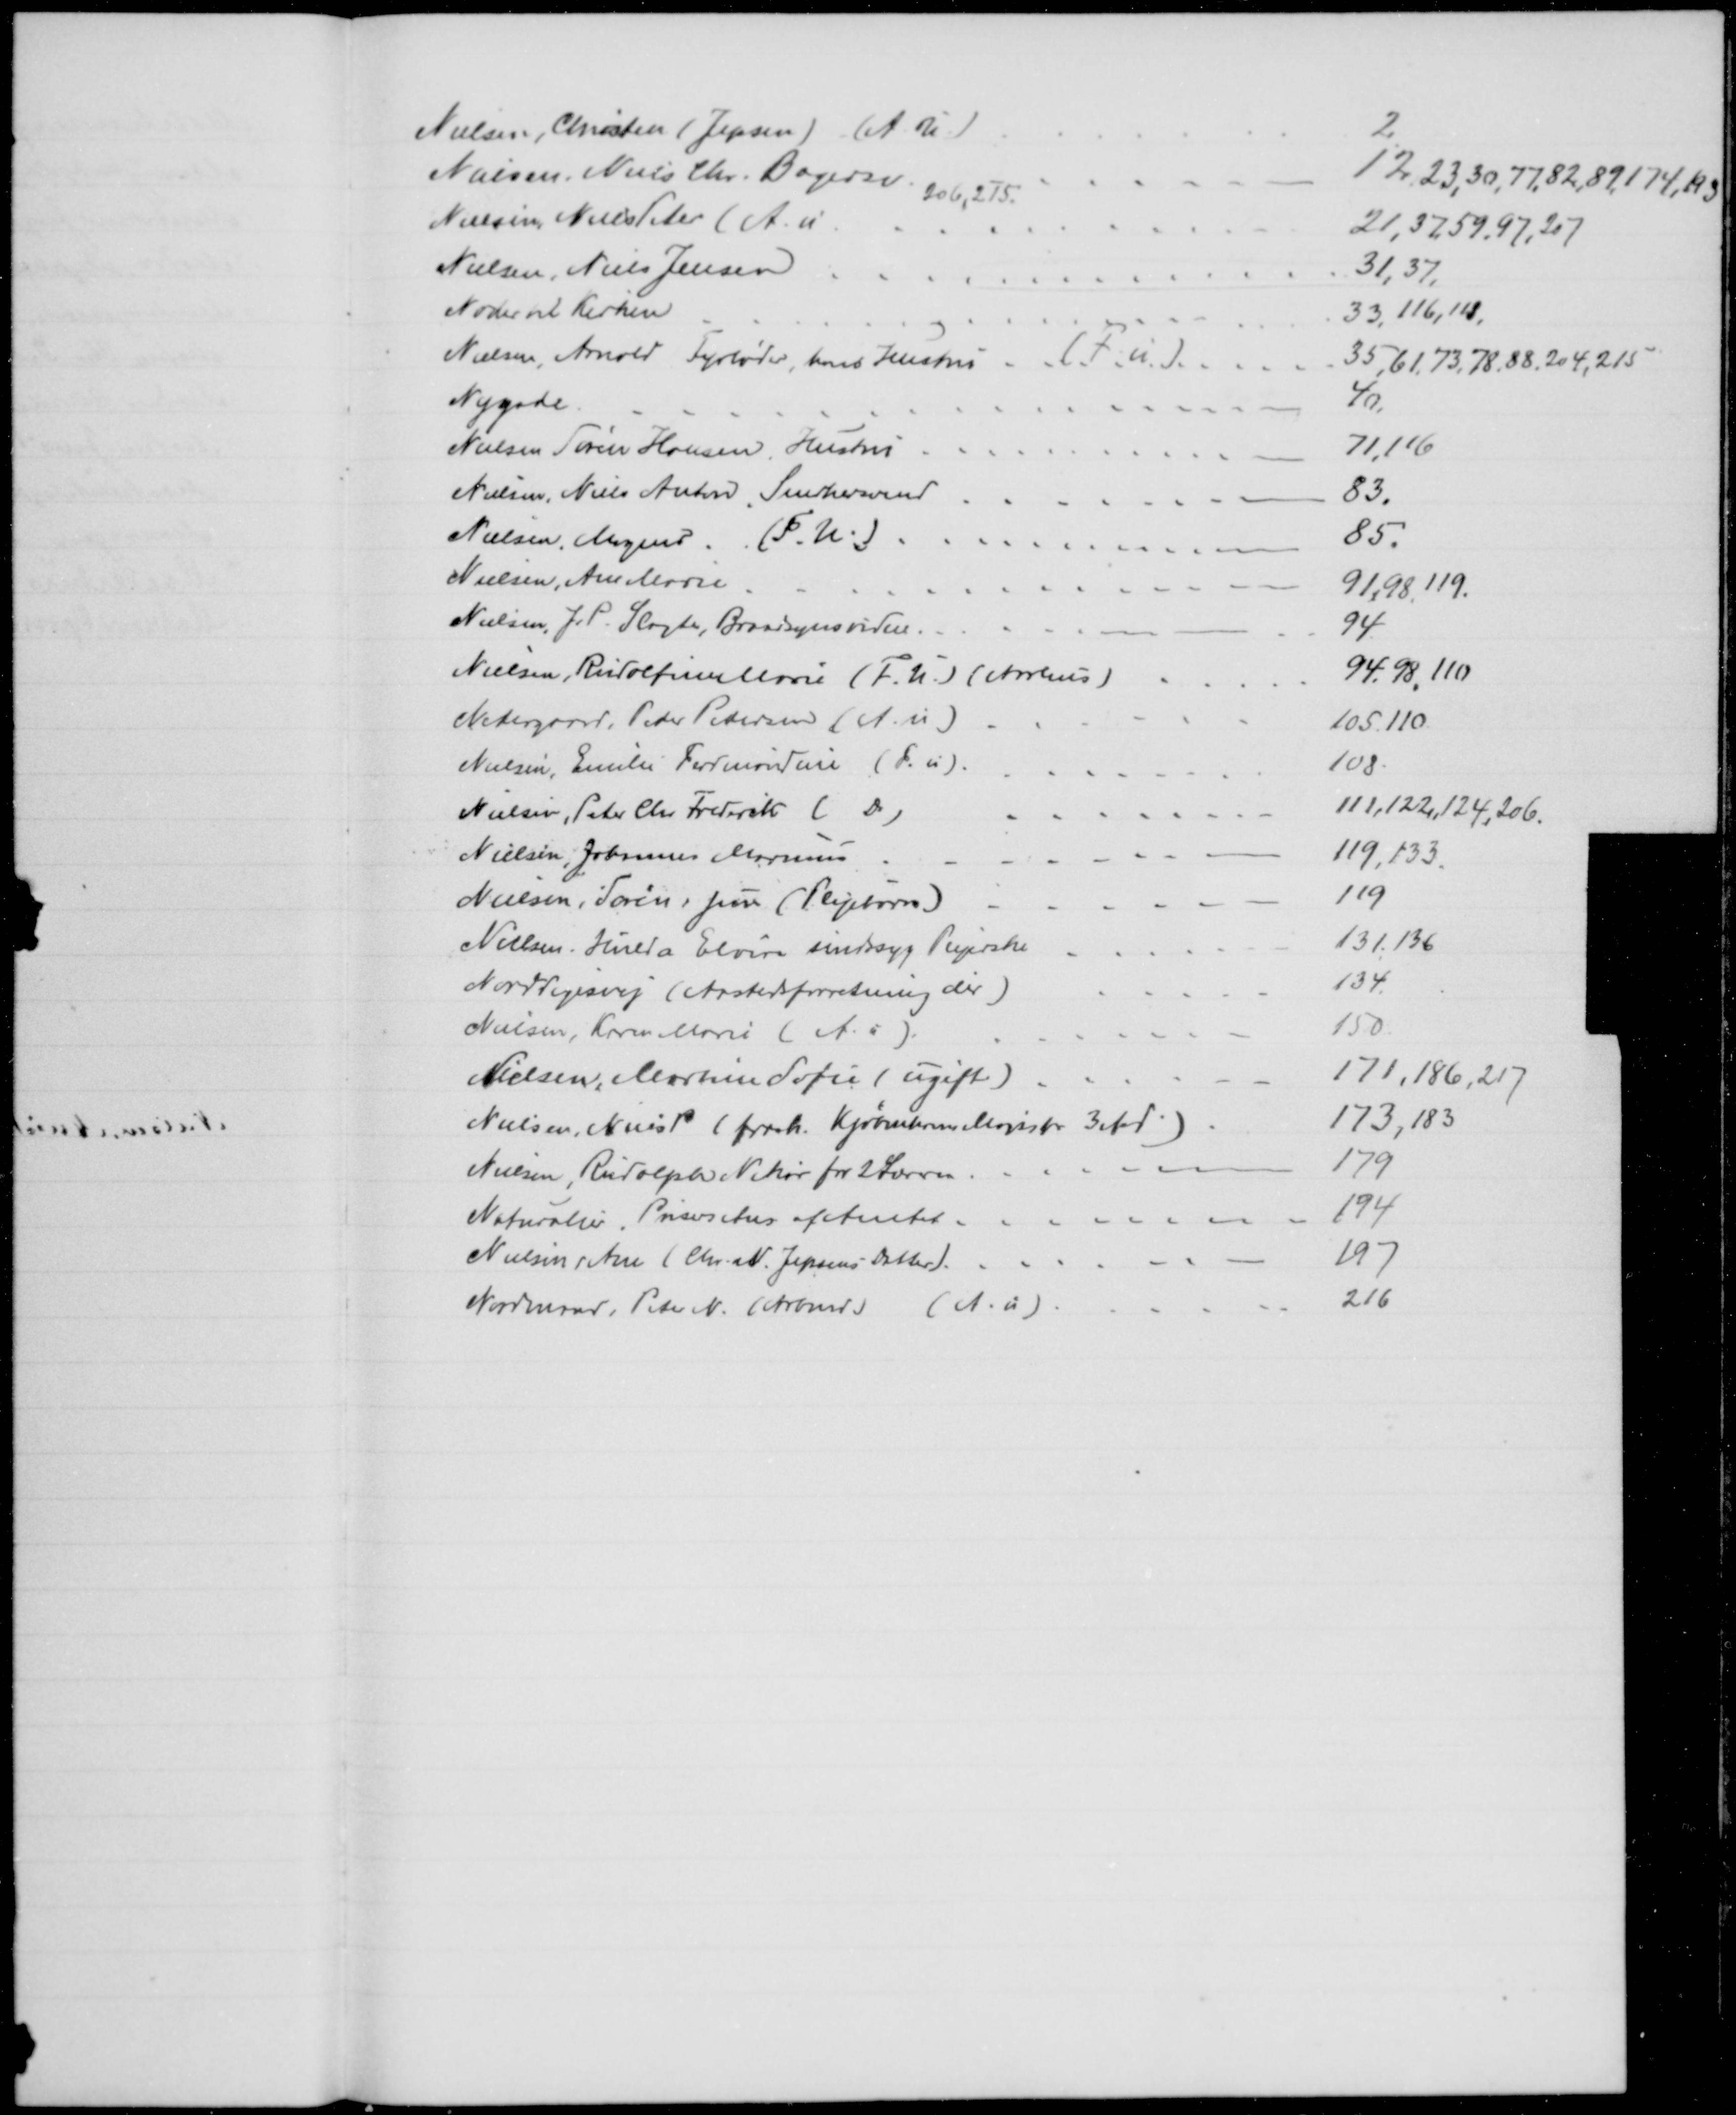
Transskription:
Nielsen, Christen (Jepsen) (A. U.)
2
Nielsen, Niels Chr. Bagersv 
12,23,30,77,82,89,174,193
206,215.
Nielsen Niels Peter (A. u.
21,37,59,97,207
Nielsen, Niels Jensen
31,37.
Noder til Kirken
33, 116,118.
Nielsen, Arnold Fyrbøder, hans Hustru (F.u)
35,61.73,78,88, 204,215
Nygade
40
Nielsen Søren Hansen, Hustru
71,116
Nielsen, Niels Anton, Snedkersvend
83.
Nielsen, Mogens. (F. U.)
85.
Nielsen, Ane Marie
91,98,119.
Nielsen, J. P. Slagter, Brandsynsvidne.
94
Nielsen, Rudolfine Marie (F. U.) (Aarhus)
94.98,110
Nedergaard, Peder Petersen (A. u)
105.110
Nielsen, Emilie Ferdinandine (F. u).
108.
Nielsen, Peter Chr Frederik (Do)
111,122,124, 206.
Nielsen, Johannes Marius
119,133.
Nielsen, Søren, jun (Plejebarn)
119
Nielsen, Hulda Elvira sindssyg Plejerske
131.136
Norddigesvej (Aastedsforretning der)
134
Nielsen, Karen Marie (A.u)
150
Nielsen, Martine Sofie (ugift)
171,186,217
Nielsen, Niels P (frask. Kjøbenhavns Magistr. 3 Afd)
173, 183
Nielsen, Rudolph Vikar for 2 Lærer
179
Naturalier, Priser Ans. af Amtet.
194
Nielsen, Ane (Chr. N. Jepsens Datter)
197
Nordmand, Peter N. (Arbmd.) (A. u).
216